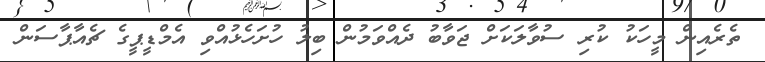
ތެރެއިން މީހަކު ކުރި ސުވާލަކަށް ޖަވާބު ދެއްވަމުން ބިލު ހުށަހެޅުއްވި އެމްޑީޕީގެ ޗެއާޕާސަން